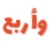
وأربع